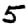
Digit: 5